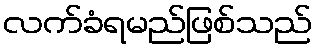
လက်ခံရမည်ဖြစ်သည်